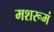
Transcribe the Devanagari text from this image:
मशरूमं